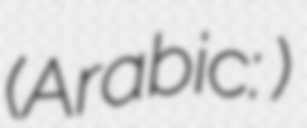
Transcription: (Arabic: أحمد عثمان)